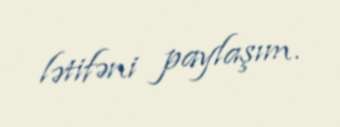
lətifəni paylaşım.